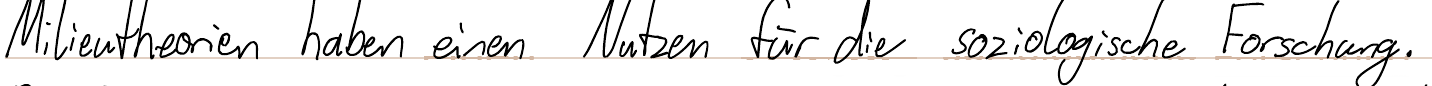
Milieutheorien haben einen Nutzen für die soziologische Forschung.